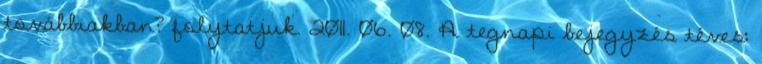
továbbiakban? folytatjuk. 2011. 06. 08. A tegnapi bejegyzés téves: